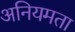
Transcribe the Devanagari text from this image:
अनियमता